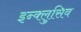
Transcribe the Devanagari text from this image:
इन्क्लुसिव